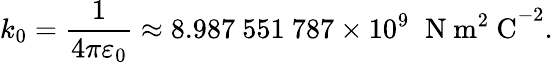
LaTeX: k_{0}={\frac{1}{4\pi\varepsilon_{0}}}\approx 8.987\ 551\ 787\times 10^{9}\; \; \mathrm{N\ m^{2}\ C}^{-2}.